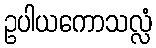
ဥပါယကောသလ္လံ